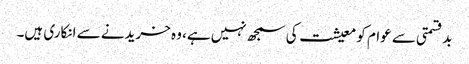
بدقسمتی سے عوام کو معیشت کی سمجھ نہیں ہے، وہ خریدنے سے انکاری ہیں۔